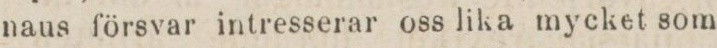
naus försvar intresserar oss lika mycket som